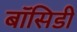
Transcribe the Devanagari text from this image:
बॉसिडी